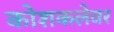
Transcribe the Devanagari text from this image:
कोशकलेवर